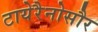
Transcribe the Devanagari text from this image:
टायेरैनोसौर